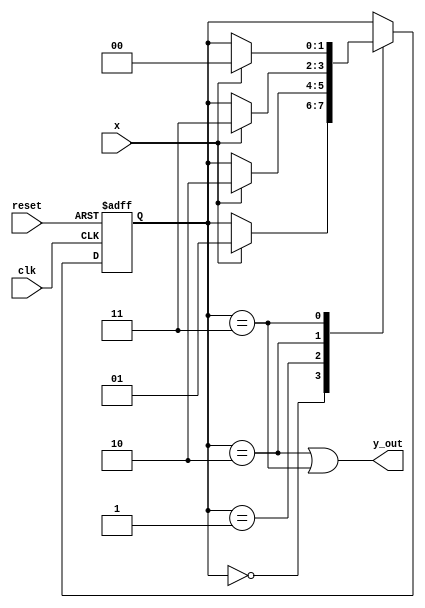
//Jason Hatfield #29163434
// CSE 241 HW10 problem 5.50 verilog implementation of state diagram

module p5_50(y_out, x, clk, reset);

   input x, clk, reset;
   output y_out;
   reg [1:0] state;
   parameter s0 = 2'b00, s1 = 2'b01, s2 = 2'b10, s3 = 2'b11;

   always @(posedge clk, negedge reset)

	if(~reset) state <= s0;
	else   case(state)

		s0: if(x) state <= s1;
	 	s1: if(x) state <= s2;
		s2: if(x) state <= s3;
		s3: if(x) state <= s0;
	      
    	       endcase

   assign y_out = (state == s2) || (state == s3);
 

endmodule